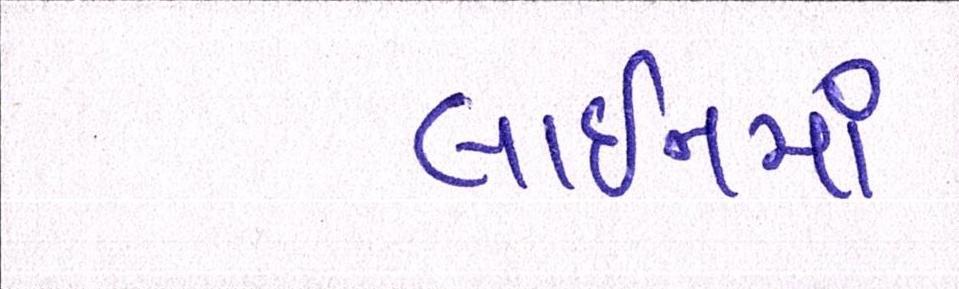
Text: લાઈનમાં